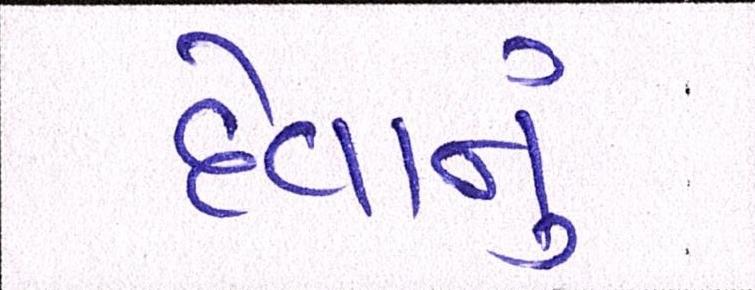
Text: દેવાનું